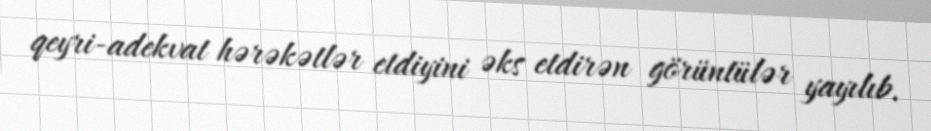
qeyri-adekvat hərəkətlər etdiyini əks etdirən görüntülər yayılıb.